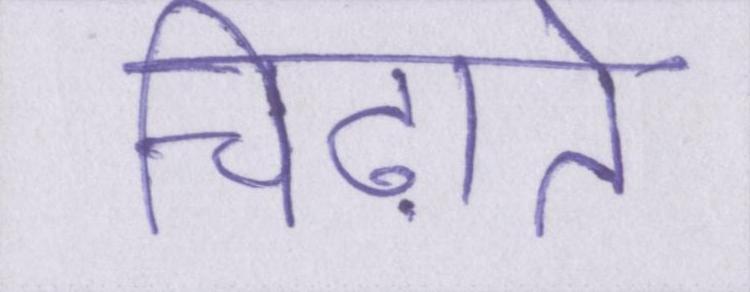
चिढ़ाते